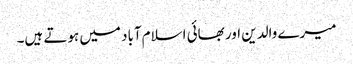
میرے والدین اور بھائی اسلام‌آباد میں ہوتے ہیں۔